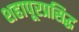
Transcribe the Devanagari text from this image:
शहापूरप्रसिद्ध